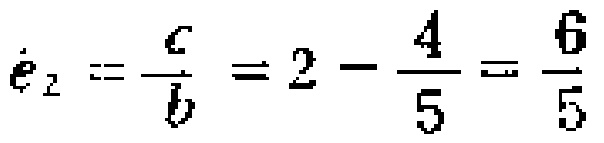
$e_{2}=\frac {c}{b}=2 - \frac {4}{5}=\frac {6}{5}$